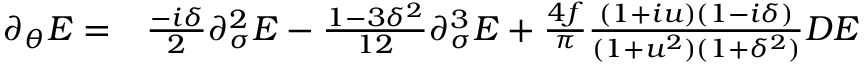
\begin{array} { r l } { \partial _ { \theta } E = } & { { } \frac { - i \delta } { 2 } \partial _ { \sigma } ^ { 2 } E - \frac { 1 - 3 \delta ^ { 2 } } { 1 2 } \partial _ { \sigma } ^ { 3 } E + \frac { 4 f } { \pi } \frac { ( 1 + i u ) ( 1 - i \delta ) } { ( 1 + u ^ { 2 } ) ( 1 + \delta ^ { 2 } ) } D E } \end{array}